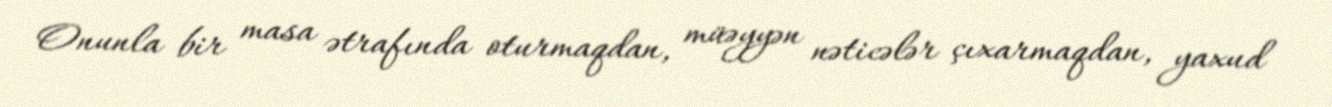
Onunla bir masa ətrafında oturmaqdan, müəyyən nəticələr çıxarmaqdan, yaxud